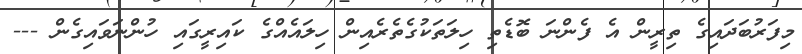
މިފަރުބަދައިގެ ތިރީން އެ ފެންނަ ބޮޑެތި ހިލަތަކުގެތެރެއިން ހިލައެއްގެ ކައިރީގައި ހުންނަވައިގެން ---